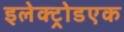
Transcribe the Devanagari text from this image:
इलेक्ट्रोडएक